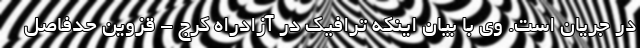
در جریان است. وی با بیان اینکه ترافیک در آزادراه کرج - قزوین حدفاصل